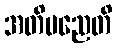
အတိမညေတိ